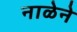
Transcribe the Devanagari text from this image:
नाळेने